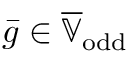
\bar { g } \in \overline { { \mathbb { V } } } _ { \mathrm { o d d } }